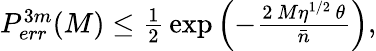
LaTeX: \begin{array}{r}{P_{err}^{3m}(M)\leq\frac{1}{2}\, \exp\left(-\frac{2\, M\eta^{1/2}\, \theta}{\bar{n}}\right),}\end{array}